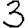
Digit: 3